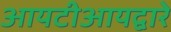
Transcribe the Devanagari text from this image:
आयटीआयद्वारे